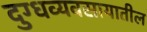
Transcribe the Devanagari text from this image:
दुग्धव्यवसायातील